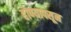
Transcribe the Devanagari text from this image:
होण्यापसून